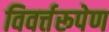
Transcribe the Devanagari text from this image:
विवर्त्तरूपेण